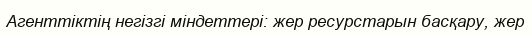
Агенттіктің негізгі міндеттері: жер ресурстарын басқару, жер